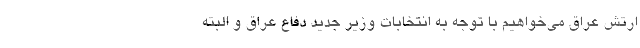
ارتش عراق می‌خواهیم با توجه به انتخابات وزیر جدید دفاع عراق و البته